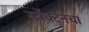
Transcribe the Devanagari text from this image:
स्टॉक्टनचा